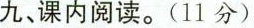
九、课内阅读。(11分)